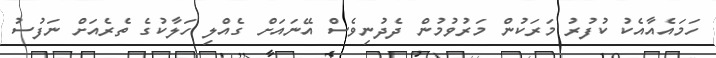
ހަމައެއާއެކު ކުފުރު މަރަކުން މަރުވުމުން ދެދުނިވެސް އޭނައަށް ގެއްލި ހަލާކުގެ ތެރެއަށް ނަފުސު